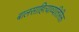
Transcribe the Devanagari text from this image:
बालसाहित्याव्यतिरिक्त